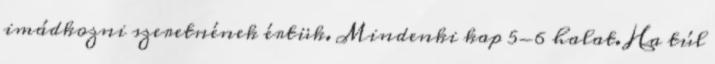
imádkozni szeretnének értük. Mindenki kap 5-6 halat. Ha túl